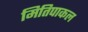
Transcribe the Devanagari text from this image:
मितिपाकल